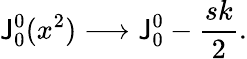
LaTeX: \mathsf{J}_{0}^{0}(x^{2})\longrightarrow\mathsf{J}_{0}^{0}-{\frac{{sk}}{{2}}}.